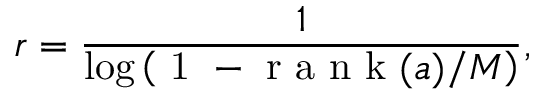
r = \frac { 1 } { \log \left( \mathrm { ~ 1 ~ - ~ r ~ a ~ n ~ k ~ } ( a ) / M \right) } ,